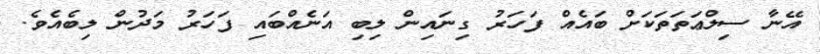
އޭނާ ސިލްޢަތަތަކަށް ބައެއް ފަހަރު ގިނައިން ލިބި އަނެއްބައި ފަހަރު މަދުން ލިބެއެވެ.